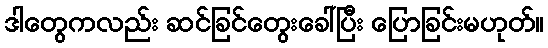
ဒါတွေကလည်း ဆင်ခြင်တွေးခေါ်ပြီး ပြောခြင်းမဟုတ်။